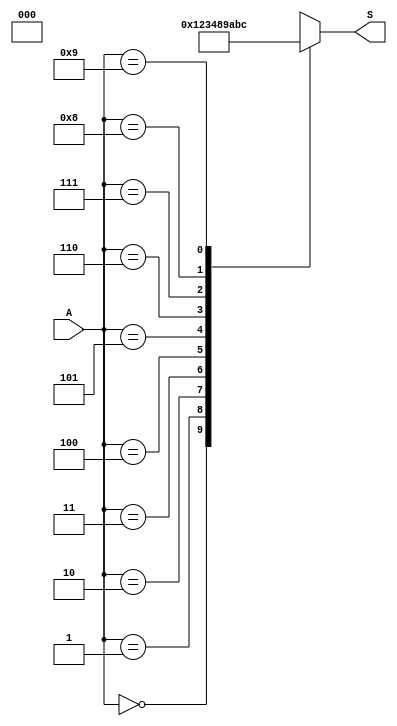
module line_decoder(A,S);

input [3:0] A;
output reg[3:0] S;
reg dummy;

always@(A)
    case(A)
    4'b0000 : S <= 4'b0000;
    4'b0001 : S <= 4'b0001;
    4'b0010 : S <= 4'b0010;
    4'b0011 : S <= 4'b0011;
    4'b0100 : S <= 4'b0100;
    4'b0101 : S <= 4'b1000;
    4'b0110 : S <= 4'b1001;
    4'b0111 : S <= 4'b1010;
    4'b1000 : S <= 4'b1011;
    4'b1001 : S <= 4'b1100;
    default : S <= {dummy};
    endcase
endmodule